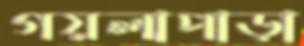
গয়লাপাড়া